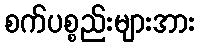
စက်ပစ္စည်းများအား